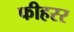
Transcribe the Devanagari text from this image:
फीहरर